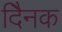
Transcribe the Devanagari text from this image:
दैिनक